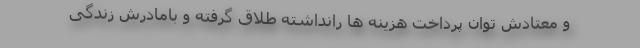
و معتادش توان پرداخت هزینه ها رانداشته طلاق گرفته و بامادرش زندگی